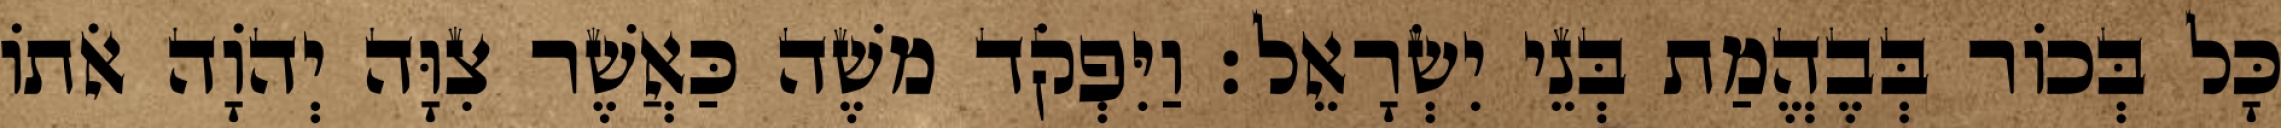
כָּל בְּכוֹר בְּבֶהֱמַת בְּנֵי יִשְׂרָאֵל׃ וַיִּפְקֹד משֶׁה כַּאֲשֶׁר צִוָּה יְהוָֹה אֹתוֹ